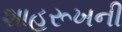
શાહરૂખની